Leaving Certificate Examination (including Day School Certificate (Higher) General paper), 1933
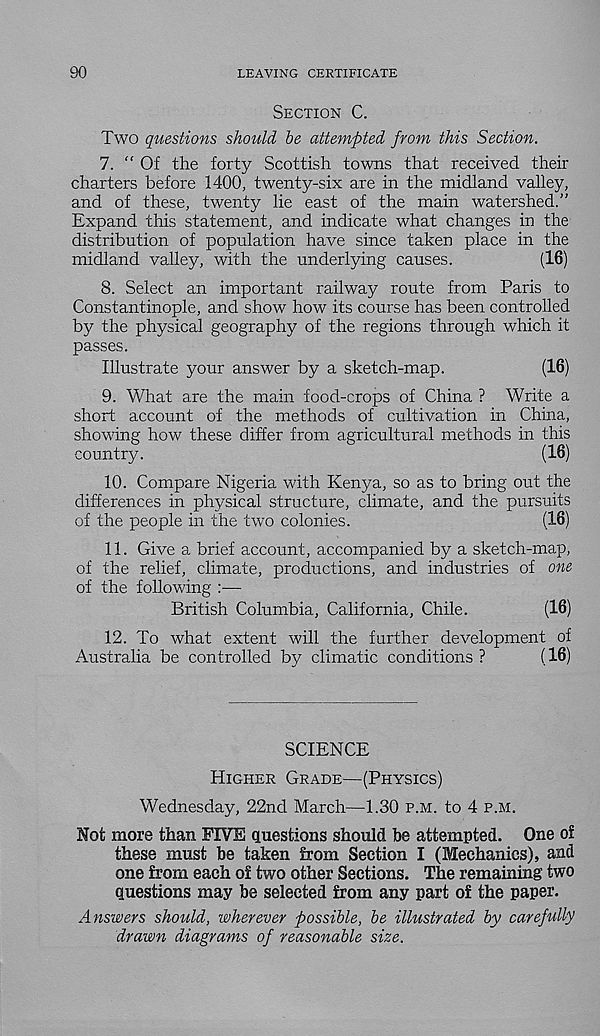
90
LEAVING CERTIFICATE
Section C.
Two questions should be attempted from this Section.
7. “Of the forty Scottish towns that received their
charters before 1400, twenty-six are in the midland valley,
and of these, twenty lie east of the main watershed.”
Expand this statement, and indicate what changes in the
distribution of population have since taken place in the
midland valley, with the underlying causes.
(16)
8. Select an important railway route from Paris to
Constantinople, and show how its course has been controlled
by the physical geography of the regions through which it
passes.
Illustrate your answer by a sketch-map.
(16)
9. What are the main food-crops of China ? Write a
short account of the methods of cultivation in China,
showing how these differ from agricultural methods in this
country.
(16)
10. Compare Nigeria with Kenya, so as to bring out the
differences in physical structure, climate, and the pursuits
of the people in the two colonies.
(16)
11. Give a brief account, accompanied by a sketch-map,
of the relief, climate, productions, and industries of one
of the following :—
British Columbia, California, Chile.
(16)
12. To what extent will the further development of
Australia be controlled by climatic conditions ?
(16)
SCIENCE
Higher Grade—(Physics)
Wednesday, 22nd March—1.30 p.m. to 4 p.m.
Not more than FIVE questions should be attempted. One of
these must be taken from Section I (Mechanics), and
one from each of two other Sections. The remaining two
questions may be selected from any part of the paper.
Answers should, wherever possible, be illustrated by carefully
drawn diagrams of reasonable size.